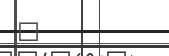
٧